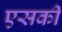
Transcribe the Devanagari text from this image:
एसकी